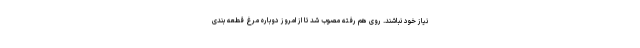
نیاز خود نباشند. روی هم رفته مصوب شد تا از امروز دوباره مرغ قطعه بندی